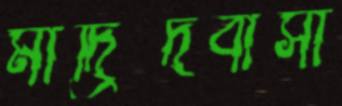
মাদ্রিদবাসী